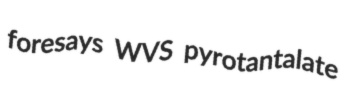
foresays WVS pyrotantalate